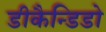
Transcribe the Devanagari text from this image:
डीकैन्डिडो